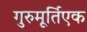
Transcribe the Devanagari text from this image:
गुरुमूर्तिएक